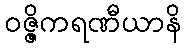
ဝဇ္ဇိကရဏီယာနိ